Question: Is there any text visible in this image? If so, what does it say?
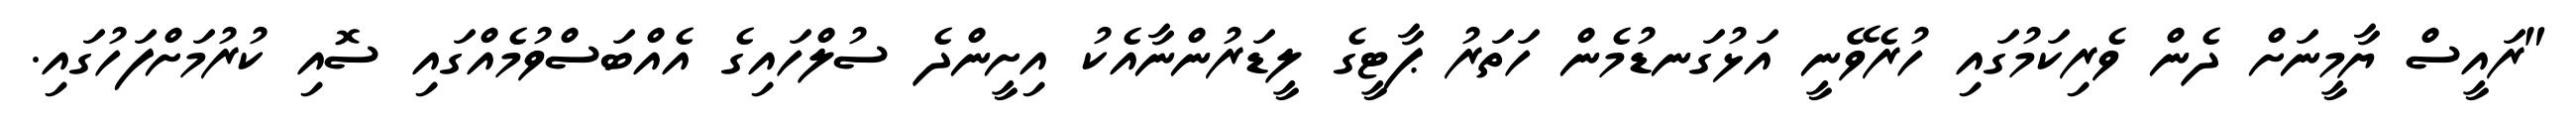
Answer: "ރައީސް ޔާމީނަށް ދެން ވެރިކަމުގައި ހުރެވޭނީ އަޅުގަނޑުމެން ހަތަރު ޕާޓީގެ ލީޑަރުންނާއެކު އިށީންދެ ސުލްހައިގެ އެއްބަސްވުމެއްގައި ސޮއި ކުރުމަށްފަހުގައި.